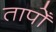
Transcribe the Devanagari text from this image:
तापोँ